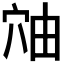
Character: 𬔈